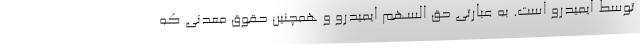
توسط ایمیدرو است. به عبارتی حق السهم ایمیدرو و همچنین حقوق معدنی که